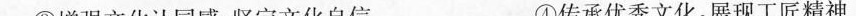
③增强文化认同感，坚定文化自信 ④传承优秀文化，展现工匠精神